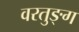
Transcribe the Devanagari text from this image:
वरतुङ्ग